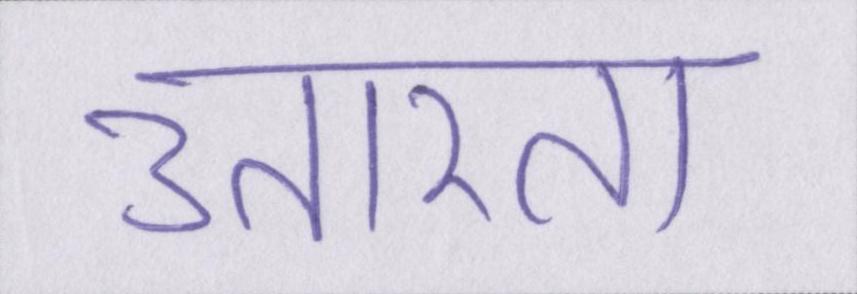
उतारता